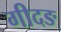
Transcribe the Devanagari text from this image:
गीदङ